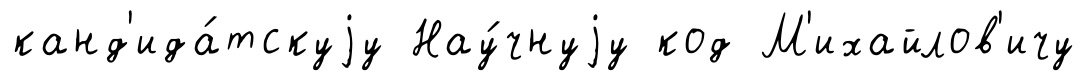
канд'ида́тскуjу Нау́чнуjу код М'ихайлов'ичу